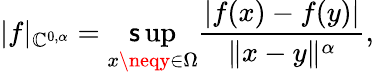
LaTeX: |f|_{\mathbb{C}^{0,\alpha}}=\operatorname*{\mathsf{s}up}_{x\neqy\in\Omega}{\frac{{|f(x)-f(y)|}}{{\| x-y\| ^{\alpha}}}},